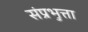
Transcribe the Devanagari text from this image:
संप्रभुत्ता